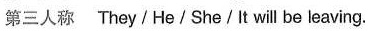
第三人称 They/He/She/It will be leaving.